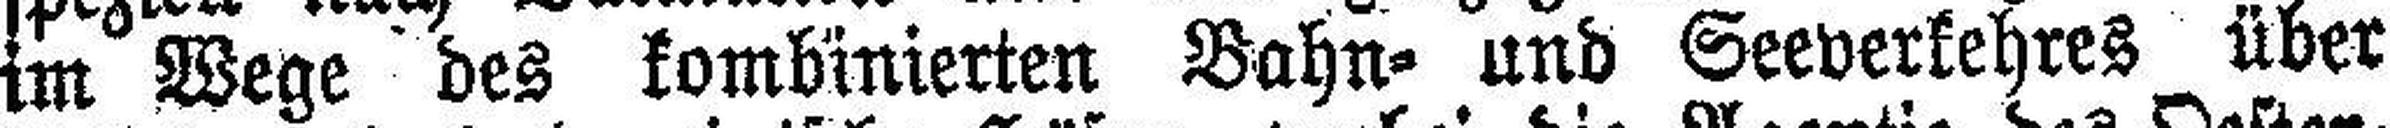
im Wege des kombinierten Bahn= und Seeverkehres über